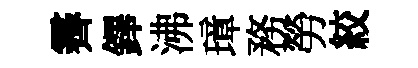
霽鐸沸璋務勞絞